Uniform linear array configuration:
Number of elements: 48
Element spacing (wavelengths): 0.25
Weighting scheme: kaiser
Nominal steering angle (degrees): -45
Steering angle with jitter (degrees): -44.277
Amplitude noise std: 0.05
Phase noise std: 0.05

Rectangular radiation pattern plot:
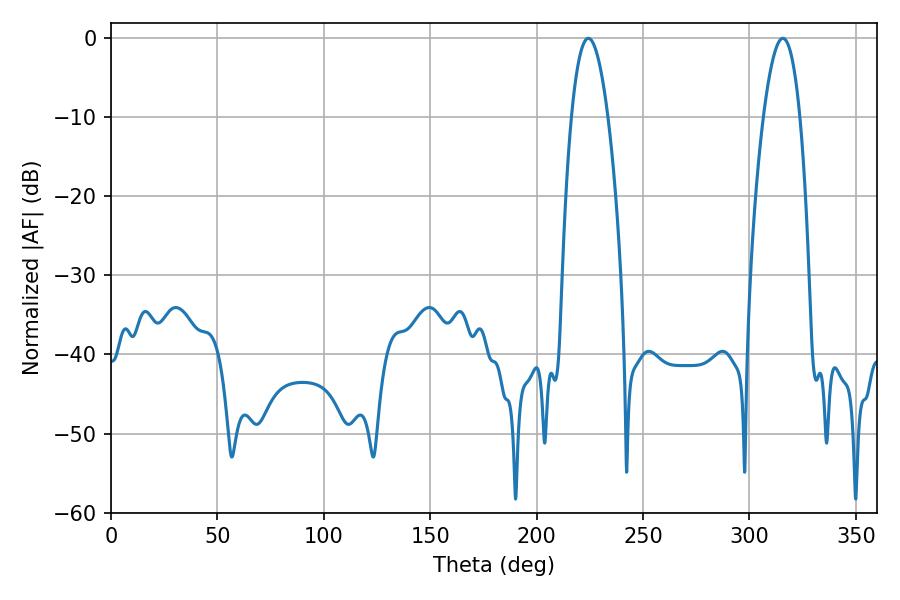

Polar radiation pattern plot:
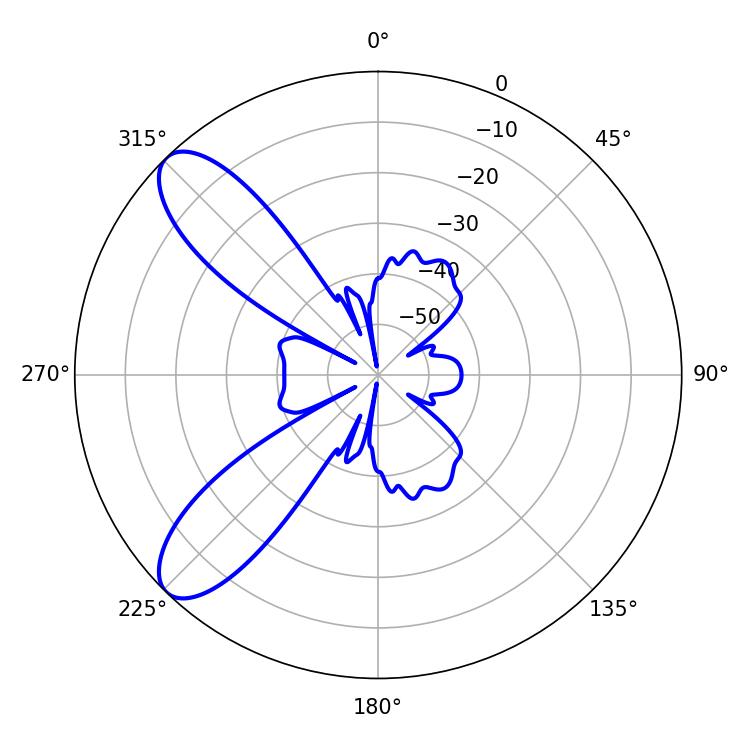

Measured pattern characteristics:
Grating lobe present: FALSE
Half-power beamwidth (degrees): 9.36
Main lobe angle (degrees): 224.28